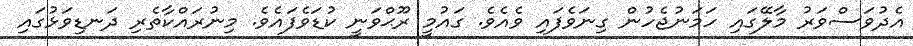
އެދުވަސްވަރު މާލޭގައި ހަމަނުޖެހުން ގިނަވެފައި ވެއެވެ. ގައުމީ ރޫޙްވަނީ ކުޑަވެފައެވެ. މިނުރައްކާތެރި ދަނޑިވަޅުގައި